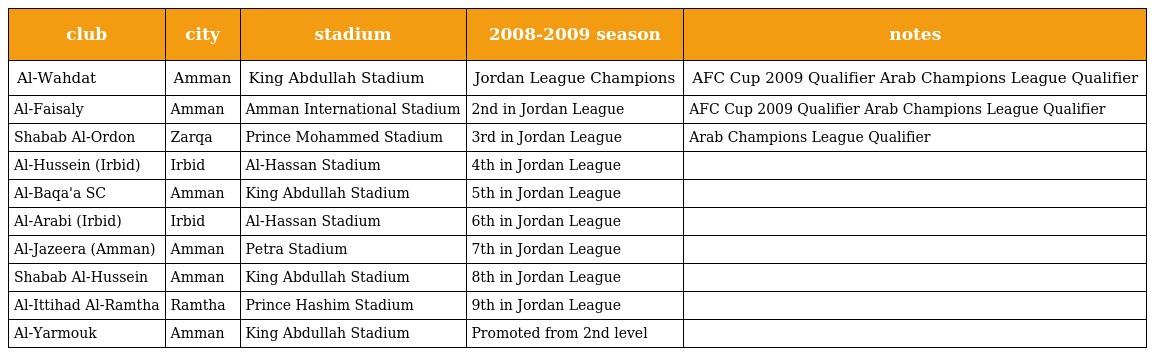
| club | city | stadium | 2008-2009 season | notes |
 | --- | --- | --- | --- | --- |
 | Al-Wahdat | Amman | King Abdullah Stadium | Jordan League Champions | AFC Cup 2009 Qualifier Arab Champions League Qualifier |
 | Al-Faisaly | Amman | Amman International Stadium | 2nd in Jordan League | AFC Cup 2009 Qualifier Arab Champions League Qualifier |
 | Shabab Al-Ordon | Zarqa | Prince Mohammed Stadium | 3rd in Jordan League | Arab Champions League Qualifier |
 | Al-Hussein (Irbid) | Irbid | Al-Hassan Stadium | 4th in Jordan League |  |
 | Al-Baqa'a SC | Amman | King Abdullah Stadium | 5th in Jordan League |  |
 | Al-Arabi (Irbid) | Irbid | Al-Hassan Stadium | 6th in Jordan League |  |
 | Al-Jazeera (Amman) | Amman | Petra Stadium | 7th in Jordan League |  |
 | Shabab Al-Hussein | Amman | King Abdullah Stadium | 8th in Jordan League |  |
 | Al-Ittihad Al-Ramtha | Ramtha | Prince Hashim Stadium | 9th in Jordan League |  |
 | Al-Yarmouk | Amman | King Abdullah Stadium | Promoted from 2nd level |  |